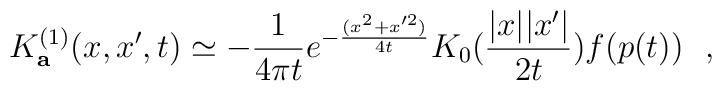
K^{(1)}_{\bf a} (x,x',t)\simeq -{1\over 4\pi t}e^{-{(x^2+x'^2)\over 4t}}K_0({|x||x'|\over2t}) f(p(t))~~,